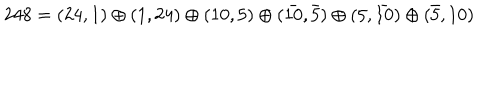
2 4 8 = ( 2 4 , 1 ) \oplus ( 1 , 2 4 ) \oplus ( 1 0 , 5 ) \oplus ( \bar { 1 0 } , \bar { 5 } ) \oplus ( 5 , \bar { 1 0 } ) \oplus ( \bar { 5 } , 1 0 )